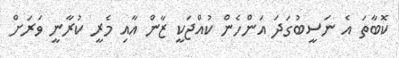
ކޮބާތަ އެ ނަސީބުގަދަ އަންހެން ކުއްޖަކީ ޒާން އާއި މެރީ ކުރާނީ ވަރަށް